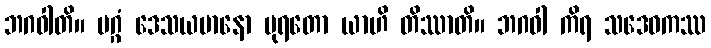
ဘဂဝါတိ။ မဂ္ဂံ ဒေသယမာနော ပုရတော ယာဟိ တိဿာတိ။ ဘဂဝါ ကိရ သဒေဝကဿ